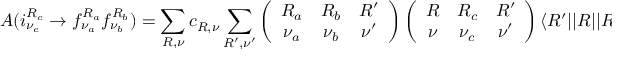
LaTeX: { \cal A } ( i _ { \nu _ { c } } ^ { R _ { c } } \rightarrow f _ { \nu _ { a } } ^ { R _ { a } } f _ { \nu _ { b } } ^ { R _ { b } } ) = \sum _ { R , \nu } c _ { R , \nu } \sum _ { R ^ { \prime } , \nu ^ { \prime } } \left( \begin{array} { c c c } { { R _ { a } } } & { { R _ { b } } } & { { R ^ { \prime } } } \\ { { \nu _ { a } } } & { { \nu _ { b } } } & { { \nu ^ { \prime } } } \end{array} \right) \left( \begin{array} { c c c } { { R } } & { { R _ { c } } } & { { R ^ { \prime } } } \\ { { \nu } } & { { \nu _ { c } } } & { { \nu ^ { \prime } } } \end{array} \right) \left< R ^ { \prime } | | R | | R _ { c } \right> ,